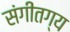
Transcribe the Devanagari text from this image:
संगीतग्य